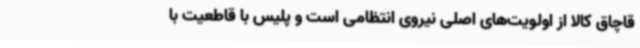
قاچاق کالا از اولویت‌های اصلی نیروی انتظامی است و پلیس با قاطعیت با